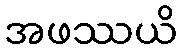
အဖဿယိ